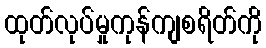
ထုတ်လုပ်မှုကုန်ကျစရိတ်ကို